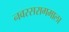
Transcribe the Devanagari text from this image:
नवरसरागमाला